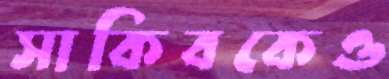
সাকিবকেও